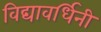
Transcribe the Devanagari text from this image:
विद्यावर्धिनी